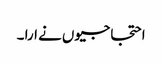
احتجاجیوں نے ارا ۔